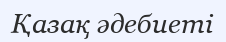
Қазақ әдебиеті